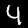
Label: 4